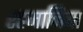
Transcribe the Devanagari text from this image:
रहमानिया